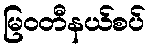
မြဝတီနယ်စပ်